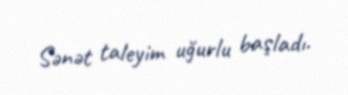
Sənət taleyim uğurlu başladı.